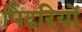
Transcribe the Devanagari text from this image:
पिंढरियों